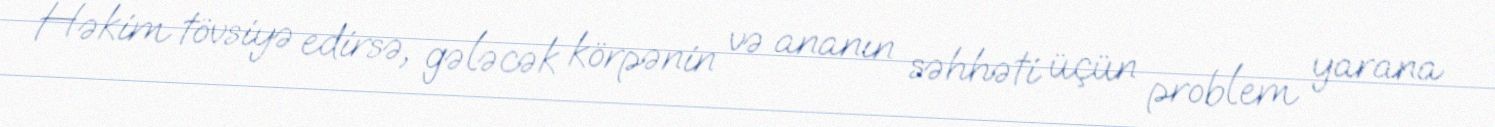
Həkim tövsiyə edirsə, gələcək körpənin və ananın səhhəti üçün problem yarana